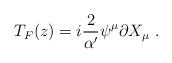
LaTeX: \begin{align*}T_F(z)=i{2\over\alpha^\prime}\psi^\mu\partial X_\mu\ .\end{align*}